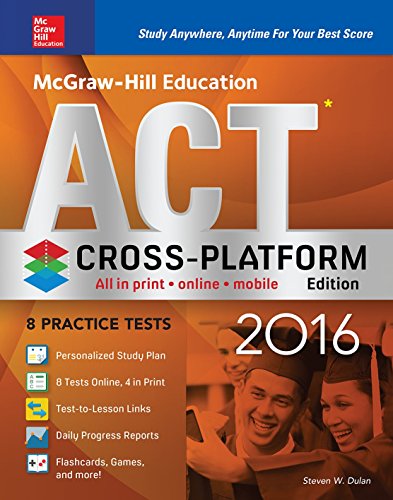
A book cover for McGraw-Hill Education ACT 2016, Cross-Platform Edition; Steven Dulan; Test Preparation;